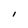
Character: l